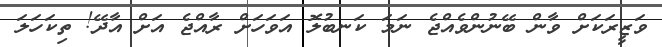
ވަޒީރަކަށް ވާން ބޭނުންވެއްޖެ ނަމަ ކަނބުލޮ އަވަހަށް ރާއްޖެ އަށް އާދޭ! ތިކަހަލަ